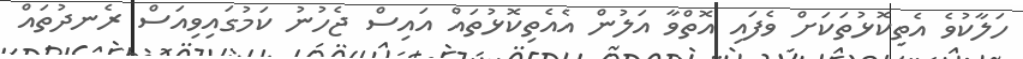
ހަލާކުވެ އެތިކޮޅުތަކަށް ވެފައި އޮތްވާ އަލުން އެއެތިކޮޅުތައް އައިސް ޖެހުނު ކަމުގައިވިއަސް ރެނދުތައް